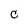
Character: C